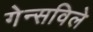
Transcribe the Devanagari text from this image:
गेन्सविले